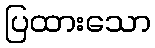
ပြထားသော